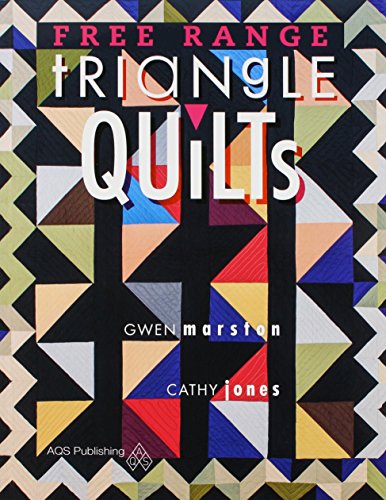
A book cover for Free Range Triangle Quilts; Marston; Crafts, Hobbies & Home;